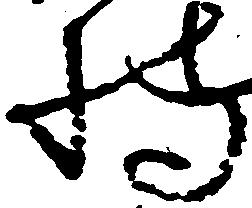
持